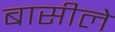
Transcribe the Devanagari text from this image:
बासीले